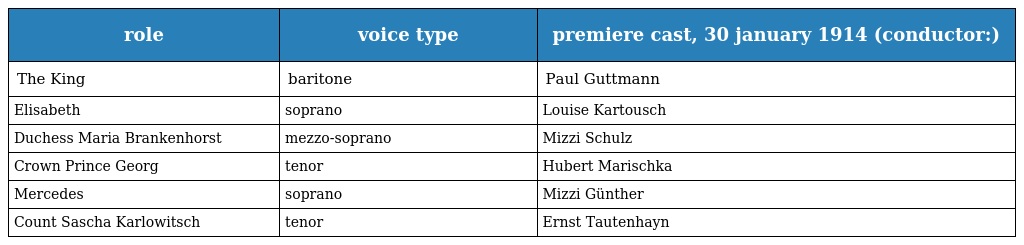
| role | voice type | premiere cast, 30 january 1914 (conductor:) |
 | --- | --- | --- |
 | The King | baritone | Paul Guttmann |
 | Elisabeth | soprano | Louise Kartousch |
 | Duchess Maria Brankenhorst | mezzo-soprano | Mizzi Schulz |
 | Crown Prince Georg | tenor | Hubert Marischka |
 | Mercedes | soprano | Mizzi Günther |
 | Count Sascha Karlowitsch | tenor | Ernst Tautenhayn |